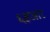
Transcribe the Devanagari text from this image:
६हजार